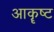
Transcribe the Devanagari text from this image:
आकॄष्ट